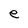
Character: e